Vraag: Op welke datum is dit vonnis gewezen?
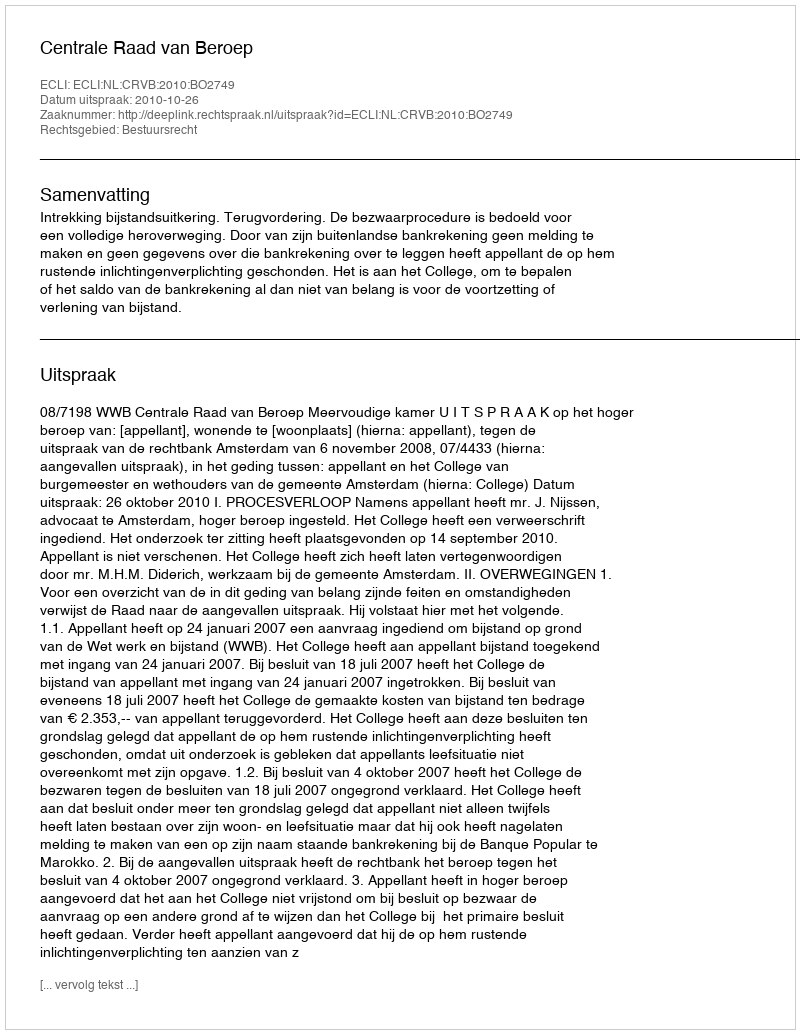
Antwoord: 2010-10-26